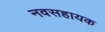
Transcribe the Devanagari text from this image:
नवसहायक